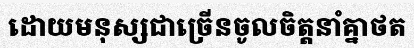
ដោយមនុស្សជាច្រើនចូលចិត្តនាំគ្នាថត